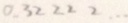
0 . 3 2 2 2 2 \cdots